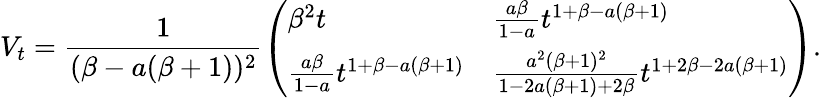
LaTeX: V_{t}=\frac{1}{(\beta-a(\beta+1))^{2}}\left(\begin{array}{ll}{\beta^{2}t}&{\frac{a\beta}{1-a}t^{1+\beta-a(\beta+1)}}\\ {\frac{a\beta}{1-a}t^{1+\beta-a(\beta+1)}}&{\frac{a^{2}(\beta+1)^{2}}{1-2a(\beta+1)+2\beta}t^{1+2\beta-2a(\beta+1)}}\end{array}\right).